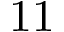
1 1